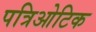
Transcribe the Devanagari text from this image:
पत्रिओटिक